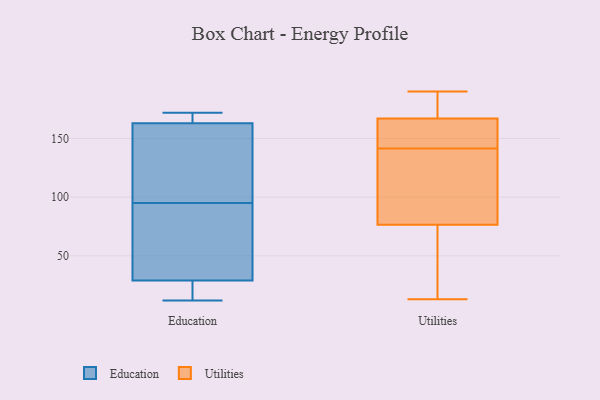
{"axis": {"x": "Page Views", "y": "Value"}, "legend": ["Education", "Utilities"], "data": [{"x": "", "y": 78, "type": "Education"}, {"x": "", "y": 80, "type": "Education"}, {"x": "", "y": 172, "type": "Education"}, {"x": "", "y": 110, "type": "Education"}, {"x": "", "y": 163, "type": "Education"}, {"x": "", "y": 29, "type": "Education"}, {"x": "", "y": 166, "type": "Education"}, {"x": "", "y": 125, "type": "Education"}, {"x": "", "y": 12, "type": "Education"}, {"x": "", "y": 17, "type": "Education"}, {"x": "", "y": 190, "type": "Utilities"}, {"x": "", "y": 73, "type": "Utilities"}, {"x": "", "y": 13, "type": "Utilities"}, {"x": "", "y": 102, "type": "Utilities"}, {"x": "", "y": 143, "type": "Utilities"}, {"x": "", "y": 165, "type": "Utilities"}, {"x": "", "y": 80, "type": "Utilities"}, {"x": "", "y": 175, "type": "Utilities"}, {"x": "", "y": 72, "type": "Utilities"}, {"x": "", "y": 160, "type": "Utilities"}, {"x": "", "y": 169, "type": "Utilities"}, {"x": "", "y": 140, "type": "Utilities"}]}